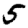
Digit: 5